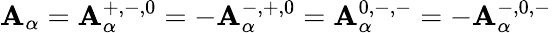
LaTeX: \mathbf{A}_{\alpha}=\mathbf{A}_{\alpha}^{+,-,0}=-\mathbf{A}_{\alpha}^{-,+,0}=\mathbf{A}_{\alpha}^{0,-,-}=-\mathbf{A}_{\alpha}^{-,0,-}